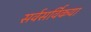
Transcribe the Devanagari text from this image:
सर्वसर्विकया